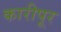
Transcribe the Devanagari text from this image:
कारीपूर